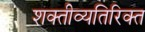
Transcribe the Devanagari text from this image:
शक्तीव्यतिरिक्त